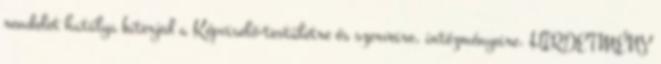
rendelet hatálya kiterjed a Képviselő-testületre és szerveire, intézményeire. HIRDETMÉNY